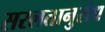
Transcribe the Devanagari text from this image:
सरलतानुरोध